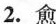
2.愈